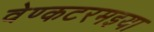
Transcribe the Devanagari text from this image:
वेण्कटरमइया